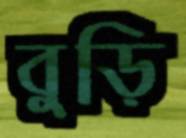
বুড়ি